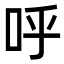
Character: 呼